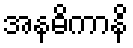
အနဓိကာနိ